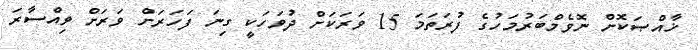
ޚާއްޞަކޮށް ނޮވެމްބަރުމަހުގެ ފުރަތަމަ 15 ވަރަކަށް ދުވަހަކީ ގިނަ ފަހަރަށް ވަރަށް ވިއްސާރަ